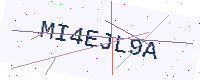
Text: MI4EJL9A